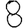
Digit: 8